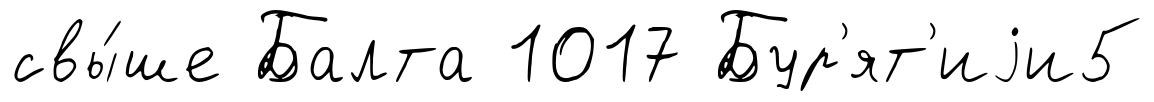
свы́ше Балта 1017 Бур'ят'иjи5